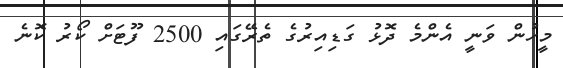
މީހުން ވަނީ އެންމެ ދޮޅު ގަޑިއިރުގެ ތެރޭގައި 2500 ފޫޓަށް ކޯރު ކޮނެ